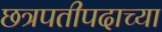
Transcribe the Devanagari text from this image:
छत्रपतीपदाच्या